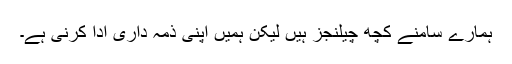
ہمارے سامنے کچھ چیلنجز ہیں لیکن ہمیں اپنى ذمہ دارى ادا کرنى ہے۔